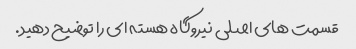
قسمت های اصلی نیروگاه هسته ای را توضیح دهید.